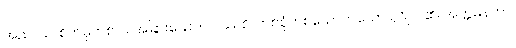
အညဿ၊ စိတ်မှတစ်ပါး အခြားသော။ ကဿစိ၊ တစ်စုံတစ်ယောက်သော ပုဂ္ဂိုလ်၏။ အတ္တမနတာ၊